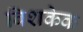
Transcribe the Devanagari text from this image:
बिशकेक